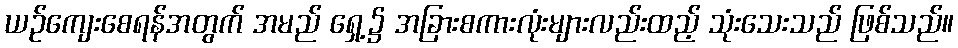
ယဉ်ကျေးစေရန်အတွက် အမည် ရှေ့၌ အခြားစကားလုံးများလည်းထည့် သုံးသေးသည် ဖြစ်သည်။